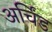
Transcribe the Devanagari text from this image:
अर्चिंड